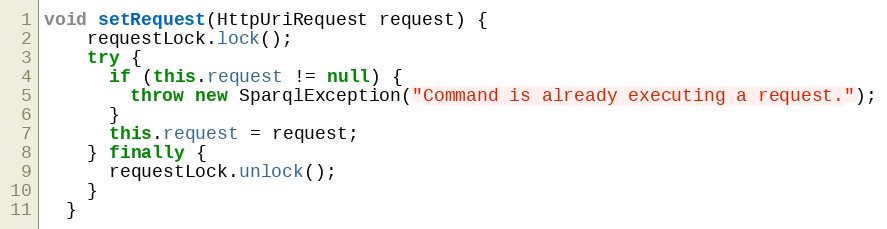
Language: Java
void setRequest(HttpUriRequest request) {
    requestLock.lock();
    try {
      if (this.request != null) {
        throw new SparqlException("Command is already executing a request.");
      }
      this.request = request;
    } finally {
      requestLock.unlock();
    }
  }